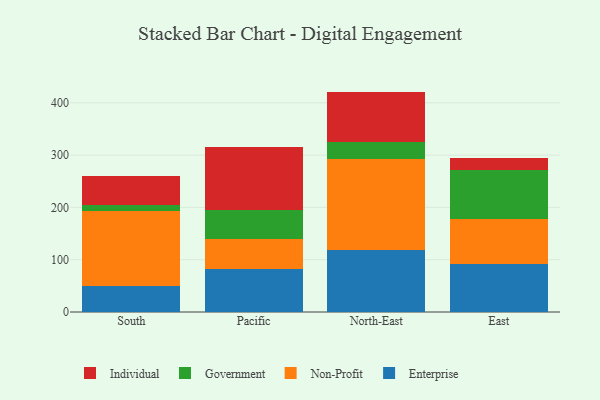
{"axis": {"x": "Region", "y": "Website Visitors"}, "legend": ["Enterprise", "Government", "Individual", "Non-Profit"], "data": [{"x": "South", "y": 48.9, "type": "Enterprise"}, {"x": "South", "y": 143.8, "type": "Non-Profit"}, {"x": "South", "y": 12.4, "type": "Government"}, {"x": "South", "y": 54.3, "type": "Individual"}, {"x": "Pacific", "y": 82.5, "type": "Enterprise"}, {"x": "Pacific", "y": 57.3, "type": "Non-Profit"}, {"x": "Pacific", "y": 54.9, "type": "Government"}, {"x": "Pacific", "y": 121.7, "type": "Individual"}, {"x": "North-East", "y": 117.8, "type": "Enterprise"}, {"x": "North-East", "y": 174.2, "type": "Non-Profit"}, {"x": "North-East", "y": 33.2, "type": "Government"}, {"x": "North-East", "y": 96.2, "type": "Individual"}, {"x": "East", "y": 91.7, "type": "Enterprise"}, {"x": "East", "y": 86.4, "type": "Non-Profit"}, {"x": "East", "y": 94.3, "type": "Government"}, {"x": "East", "y": 22.8, "type": "Individual"}]}